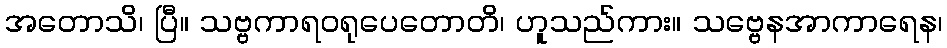
အတောသိ၊ ပြီ။ သဗ္ဗကာရဝရုပေတောတိ၊ ဟူသည်ကား။ သဗ္ဗေနအာကာရေန၊